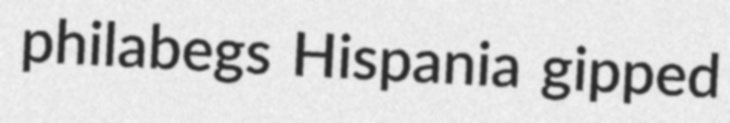
philabegs Hispania gipped